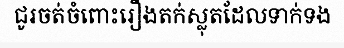
ជូរចត់ចំពោះរឿងតក់ស្លុតដែលទាក់ទង